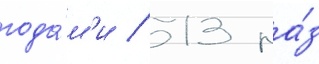
года́м'и / 13 ра́з